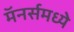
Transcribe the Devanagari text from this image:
मॅनर्समध्ये